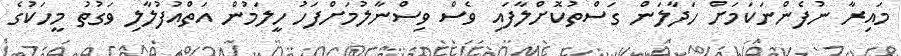
މައިރާ ނުފެންނަކަމަށް ހަދާލަން ގަސްތުކޮށްލާފައި ވެސް ވިސްނާލުމަށްފަހު ހީލަމުން އަތްއުފުލާލި ވަގުތު މީހަކުގެ